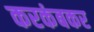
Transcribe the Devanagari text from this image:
करकंबकर